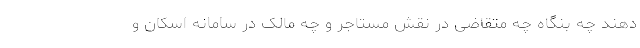
دهند چه بنگاه چه متقاضی در نقش مستاجر و چه مالک در سامانه اسکان و